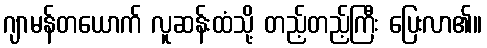
ဂျာမန်တယောက် လူဆန်းထံသို့ တည့်တည့်ကြီး ပြေးလာ၏။